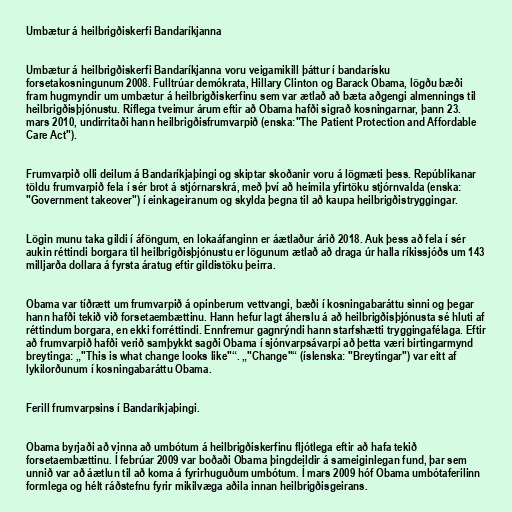
Umbætur á heilbrigðiskerfi Bandaríkjanna

Umbætur á heilbrigðiskerfi Bandaríkjanna voru veigamikill þáttur í bandarísku
forsetakosningunum 2008. Fulltrúar demókrata, Hillary Clinton og Barack Obama, lögðu bæði
fram hugmyndir um umbætur á heilbrigðiskerfinu sem var ætlað að bæta aðgengi almennings til
heilbrigðisþjónustu. Ríflega tveimur árum eftir að Obama hafði sigrað kosningarnar, þann 23.
mars 2010, undirritaði hann heilbrigðisfrumvarpið (enska:"The Patient Protection and Affordable
Care Act").

Frumvarpið olli deilum á Bandaríkjaþingi og skiptar skoðanir voru á lögmæti þess. Repúblikanar
töldu frumvarpið fela í sér brot á stjórnarskrá, með því að heimila yfirtöku stjórnvalda (enska:
"Government takeover") í einkageiranum og skylda þegna til að kaupa heilbrigðistryggingar.

Lögin munu taka gildi í áföngum, en lokaáfanginn er áætlaður árið 2018. Auk þess að fela í sér
aukin réttindi borgara til heilbrigðisþjónustu er lögunum ætlað að draga úr halla ríkissjóðs um 143
milljarða dollara á fyrsta áratug eftir gildistöku þeirra.

Obama var tíðrætt um frumvarpið á opinberum vettvangi, bæði í kosningabaráttu sinni og þegar
hann hafði tekið við forsetaembættinu. Hann hefur lagt áherslu á að heilbrigðisþjónusta sé hluti af
réttindum borgara, en ekki forréttindi. Ennfremur gagnrýndi hann starfshætti tryggingafélaga. Eftir
að frumvarpið hafði verið samþykkt sagði Obama í sjónvarpsávarpi að þetta væri birtingarmynd
breytinga: „"This is what change looks like"“. „"Change"“ (íslenska: "Breytingar") var eitt af
lykilorðunum í kosningabaráttu Obama.

Ferill frumvarpsins í Bandaríkjaþingi.

Obama byrjaði að vinna að umbótum á heilbrigðiskerfinu fljótlega eftir að hafa tekið
forsetaembættinu. Í febrúar 2009 var boðaði Obama þingdeildir á sameiginlegan fund, þar sem
unnið var að áætlun til að koma á fyrirhuguðum umbótum. Í mars 2009 hóf Obama umbótaferilinn
formlega og hélt ráðstefnu fyrir mikilvæga aðila innan heilbrigðisgeirans.